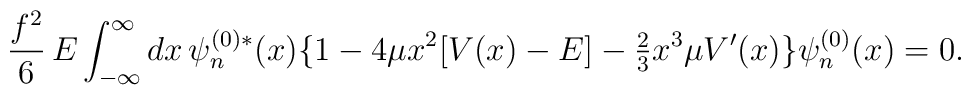
\frac{f^2}{6}\,E\int_{-\infty}^\infty dx\, \psi^{(0)*}_n(x)\bigl\{1-4\mu x^2[V(x)-E]-{\textstyle\frac{2}{3}} x^3\mu V'(x)\bigr\}\psi^{(0)}_n(x)=0.